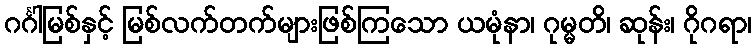
ဂင်္ဂါမြစ်နှင့် မြစ်လက်တက်များဖြစ်ကြသော ယမုံနာ၊ ဂုမ္မတိ၊ ဆုန်း၊ ဂိုဂရာ၊